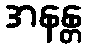
အနန္တ